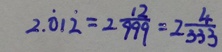
2 . \dot { 0 } 1 \dot { 2 } = 2 \frac { 1 2 } { 9 9 9 } = 2 \frac { 4 } { 3 3 3 }